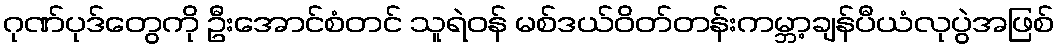
ဂုဏ်ပုဒ်တွေကို ဦးအောင်စံတင် သူရဲဝန် မစ်ဒယ်ဝိတ်တန်းကမ္ဘာ့ချန်ပီယံလုပွဲအဖြစ်